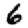
Digit: 6